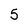
Character: 5